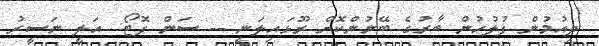
ދިއުމުން ފުލުހުން ބާރުގެ ބޭނުންކޮށް ރޫޅައިލަނީ -- ސަން ފޮޓޯ: އަލީ ނަސީރު